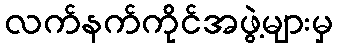
လက်နက်ကိုင်အဖွဲ့များမှ